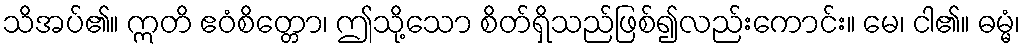
သိအပ်၏။ ဣတိ ဧဝံစိတ္တော၊ ဤသို့သော စိတ်ရှိသည်ဖြစ်၍လည်းကောင်း။ မေ၊ ငါ၏။ ဓမ္မံ၊